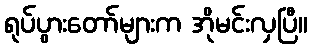
ရုပ်ပွားတော်များက အိုမင်းလှပြီ။